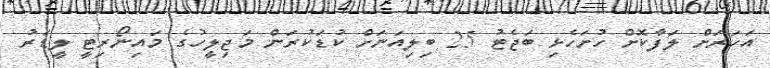
އަހަރަށް ލަފާކޮށް ހުށަހެޅި ބަޖެޓު 25 ބިލިއަނަށް ކުޑަކުރަން މަޖިލީހުގެ މައިނޯރިޓީ ލީޑަރު